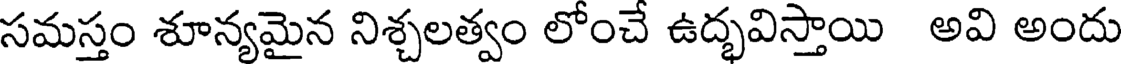
సమస్తం శూన్యమైన నిశ్చలత్వం లోంచే ఉద్భవిస్తాయి అవి అందు